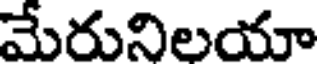
మేరునిలయా